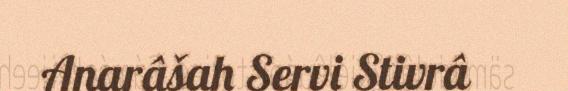
Anarâšah Servi Stivrâ